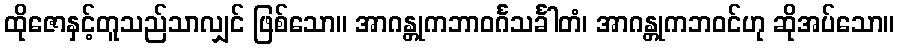
ထိုဇောနှင့်တူသည်သာလျှင် ဖြစ်သော။ အာဂန္တုကဘာဝင်္ဂသင်္ခါတံ၊ အာဂန္တုကဘဝင်ဟု ဆိုအပ်သော။